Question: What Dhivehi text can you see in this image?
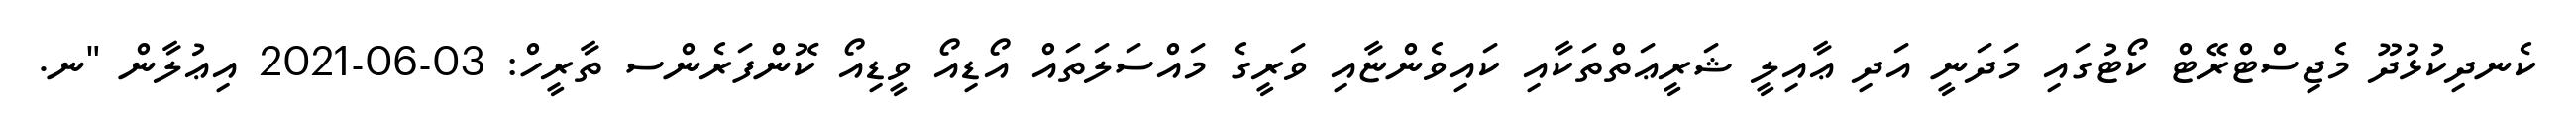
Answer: ކެނދިކުޅުދޫ މެޖިސްޓްރޭޓް ކޯޓުގައި މަދަނީ އަދި ޢާއިލީ ޝަރީޢަތްތަކާއި ކައިވެންޏާއި ވަރީގެ މައްސަލަތައް އޯޑިއޯ ވީޑިއޯ ކޮންފަރެންސ ތާރީހް: 03-06-2021 އިޢުލާން "ނ.